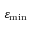
\varepsilon _ { \mathrm { { m i n } } }